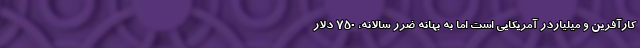
کارآفرین و میلیاردر آمریکایی است اما به بهانه ضرر سالانه، 750 دلار